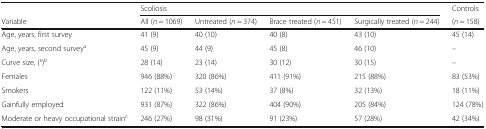
|  | <COLSPAN=4> Scoliosis | Controls |
 | Variable | All (n = 1069) | Untreated (n = 374) | Brace treated (n = 451) | Surgically treated (n = 244) | (n = 158) |
 | --- | --- | --- | --- | --- | --- |
 | Age, years, first survey | 41 (9) | 40 (10) | 40 (8) | 43 (10) | 45 (14) |
 | Age, years, second surveya | 45 (9) | 44 (9) | 45 (8) | 46 (10) | – |
 | Curve size, (°)b | 28 (14) | 23 (14) | 30 (12) | 30 (15) | – |
 | Females | 946 (88%) | 320 (86%) | 411 (91%) | 215 (88%) | 83 (53%) |
 | Smokers | 122 (11%) | 53 (14%) | 37 (8%) | 32 (13%) | 18 (11%) |
 | Gainfully employed | 931 (87%) | 322 (86%) | 404 (90%) | 205 (84%) | 124 (78%) |
 | Moderate or heavy occupational strainc | 246 (27%) | 98 (31%) | 91 (23%) | 57 (28%) | 42 (34%) |